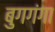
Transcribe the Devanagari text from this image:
बुगगंगा